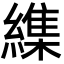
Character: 䌖